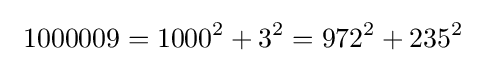
\ 1000009=1000^{2}+3^{2}=972^{2}+235^{2}